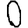
Digit: 0